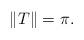
LaTeX: \begin{align*}\Vert T\Vert = \pi.\end{align*}